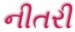
નીતરી